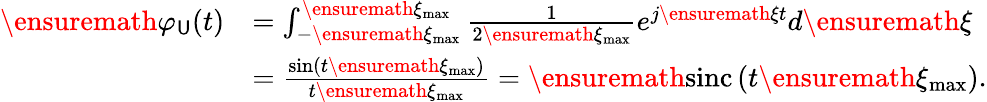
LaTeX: \begin{array}{rl}{\ensuremath{\varphi_{\mathsf{U}}}(t)}&{=\int_{-\ensuremath{\xi}_{\operatorname*{max}}}^{\ensuremath{\xi}_{\operatorname*{max}}}\frac{1}{2\ensuremath{\xi}_{\operatorname*{max}}}e^{j\ensuremath{\xi}t}d\ensuremath{\xi}}\\ &{=\frac{\sin\left(t\ensuremath{\xi}_{\operatorname*{max}}\right)}{t\ensuremath{\xi}_{\operatorname*{max}}}=\ensuremath{\operatorname{sinc}\left(t\ensuremath{\xi}_{\operatorname*{max}}\right)}.}\end{array}